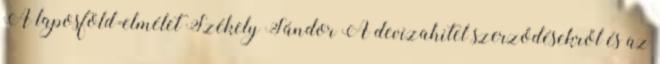
A laposföld-elmélet Székely Sándor A devizahitel szerződésekről és az